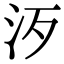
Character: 𣲠